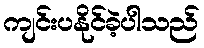
ကျင်းပနိုင်ခဲ့ပါသည်